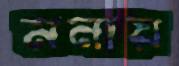
মনায়